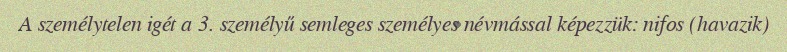
A személytelen igét a 3. személyű semleges személyes névmással képezzük: nifos (havazik)